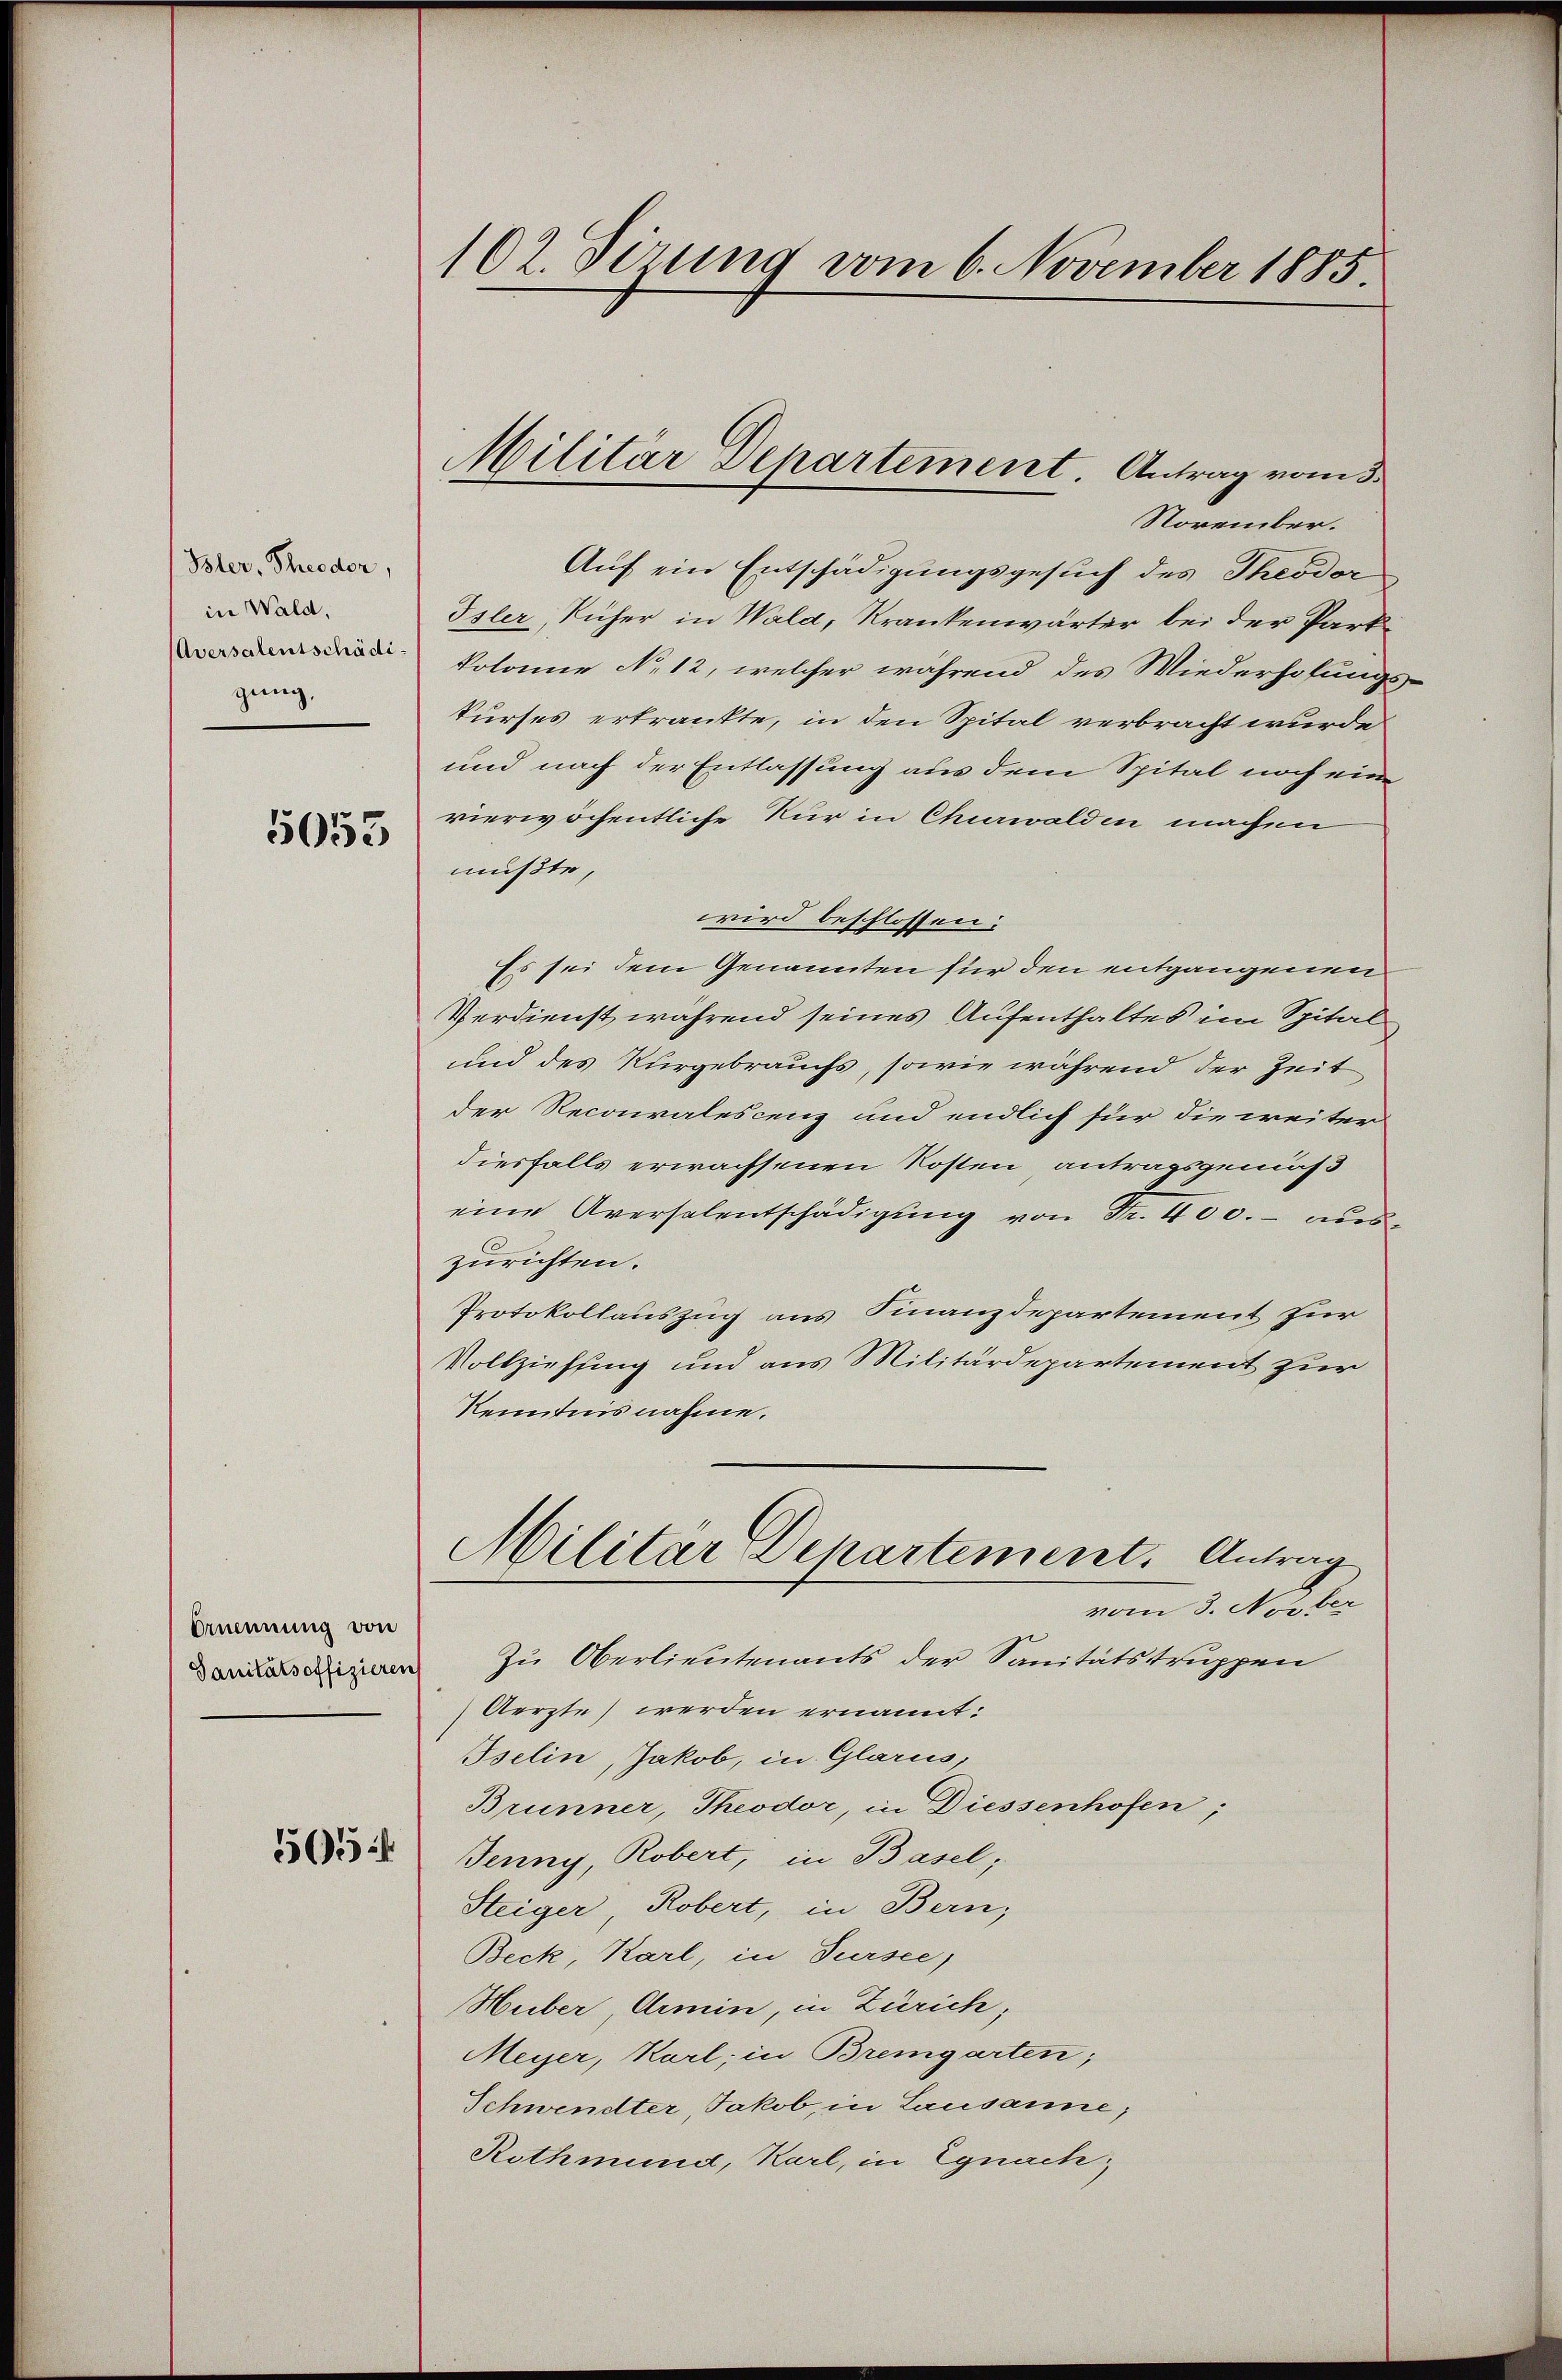
Bler, Theeder,
in Wald,
Aversalentschädigung,

5053

benennung von
Sanitätsoffizieren

565

102. Sizung vom 6. November 1885.

November.
Auf ein Entschädigungsgesuch des Theodor
Isler, Rüher in Wald, Krankenwärter bei der Park
Volonie No. 12, welcher während des Wiederhofung
kurses erkrankte, in den Spital verbracht wurde
und nach der Entlassung aus dem Spital noch ein
vierwöchentliche Nur in Churwalden machen
mußte,
wird beschlossen:
Es sei dem Genannten für den entgangenen
Verdienst während seines Aufenthaltes im Spital
und des Kurgebrauchs, sowie während der Zeit
der Recoralescenz und endlich für die weiter
diesfalls erwachsenen Kosten antragsgemäß
eine Aversalentschädigŭng von Fr. 400.- aus
zurichten.
Protokollauszug aus Finanzdepartement für
Vollziehung und aus Militärdepartement zur
Kenntnis nahme.
Militär Departement. Antrag
vom 3. Novber
Zu Oberlieutenants der Sanitätstruppen
Aerzte werden ernannt:
Iselin, Jakob, in Glarus,
Brünner, Theodor, in Diessenhofen,
Jenny, Robert, in Basel,
Steiger, Robert, in Bern,
Beck, Karl, in Sursee,
Huber Armin, in Zürich,
Meyer, Karl, in Bremgarten;
Schwendter, Jakob, in Lausanne;
Rothmund, Karl, in Egnach,

Militär Departement. Antrag vom 3.

e